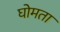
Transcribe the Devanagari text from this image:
घोमता